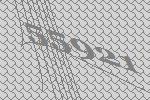
55921